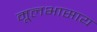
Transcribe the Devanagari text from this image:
मूलभासाय